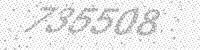
Solution: 735508